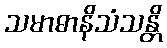
သမာဓာနိသံသန္တိ